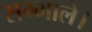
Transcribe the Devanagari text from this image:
सम्भाले।